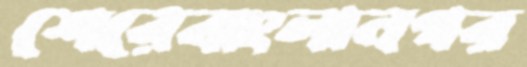
শেরেবাংলানগর